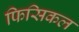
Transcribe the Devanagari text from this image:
फिसिकल